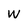
Character: W